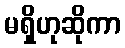
မရှိဟုဆိုကာ